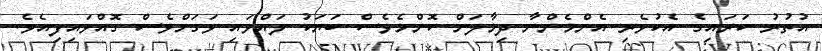
އުތުރު ކަރައިގެ އެކުވެރި އެންމެންނާ ދިމާލަށް ކޮންމެވެސް ބަޔަކު ލައްވައި ވަގަށްވެސް ގޮއްވައިފިއެވެ.